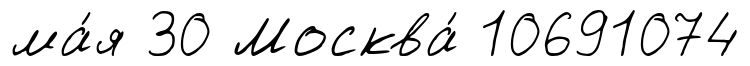
ма́я 30 Москва́ 10691074